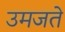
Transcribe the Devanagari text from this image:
उमजते